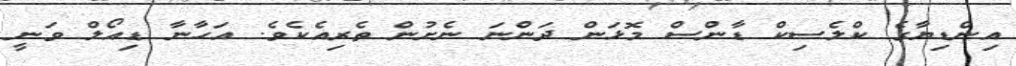
އިންޑިޔާގެ ކްލެސިކް ޑާންސް މޮޅަން ދަންނަ ނެށުން ތެރިއެކެވެ. އަހާނާ ޑިއޯލް ވަނީ